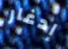
إدغار